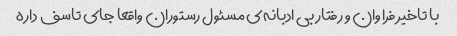
با تاخیر فراوان و رفتار بی ادبانه‌ی مسئول رستوران واقعا جای تاسف داره